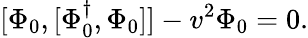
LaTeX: [\Phi_{0},[\Phi_{0}^{\dagger},\Phi_{0}]]-v^{2}\Phi_{0}=0.